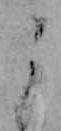
よ